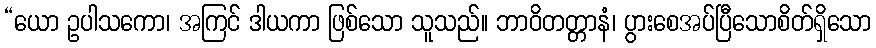
“ယော ဥပါသကော၊ အကြင် ဒါယကာ ဖြစ်သော သူသည်။ ဘာဝိတတ္တာနံ၊ ပွားစေအပ်ပြီသောစိတ်ရှိသော